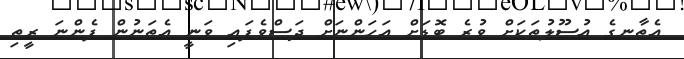
އެތާނގެ އުސޫލުތަކަށް ވުރެ ބޮޑަށް އަހަންނަށް ދަސްވެފައި ވަނީ އެތަނުން ފެންނަ ރީތި